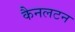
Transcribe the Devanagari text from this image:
कैनलटन